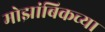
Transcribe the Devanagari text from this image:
मोझांबिकच्या